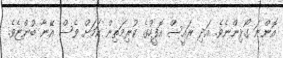
އޮންނަ ގޯޅިންނެވެ. އަދި ރައީސް އޮފީހުގެ ކުރިމަތިން ކަމަށް ވެސް އޭނާ ބުންޏެވެ.